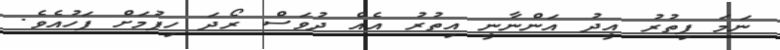
ނަމަ ފިތުރު އީދު އަންނާނީ އިތުރު އެއް ދުވަސް ރޯދަ ހިފުމަށް ފަހުއެވެ.